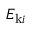
E _ { \mathrm { k } i }